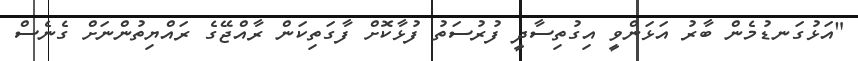
"އަޅުގަނޑުމެން ބާރު އަޅަންވީ އިގުތިސާދީ ފުރުސަތު ފުޅާކޮށް ފާގަތިކަން ރާއްޖޭގެ ރައްޔިތުންނަށް ގެނެސް